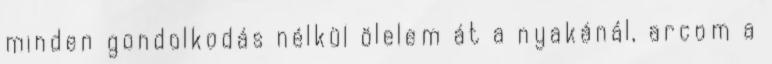
minden gondolkodás nélkül ölelem át a nyakánál, arcom a